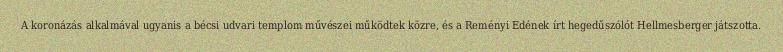
A koronázás alkalmával ugyanis a bécsi udvari templom művészei működtek közre, és a Reményi Edének írt hegedűszólót Hellmesberger játszotta.